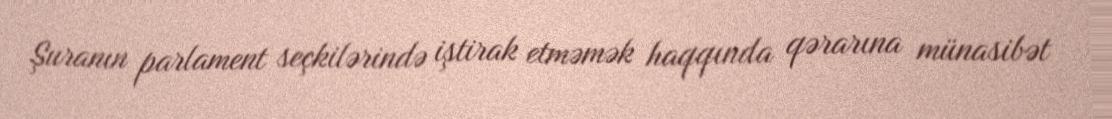
Şuranın parlament seçkilərində iştirak etməmək haqqında qərarına münasibət